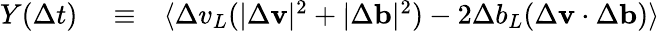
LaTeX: \begin{array}{rlr}{Y(\Delta t)}&{{}\equiv}&{\langle\Delta v_{L}(|\Delta\mathbf{v}|^{2}+|\Delta\mathbf{b}|^{2})-2\Delta b_{L}(\Delta\mathbf{v}\cdot\Delta\mathbf{b})\rangle}\end{array}